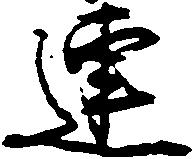
連